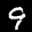
Label: 9